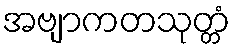
အဗျာကတသုတ္တံ